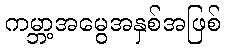
ကမ္ဘာ့အမွေအနှစ်အဖြစ်